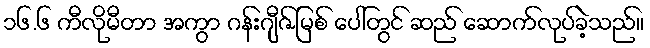
၁၆.၆ ကီလိုမီတာ အကွာ ဂန်းဂျီဇ်မြစ် ပေါ်တွင် ဆည် ဆောက်လုပ်ခဲ့သည်။